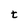
Character: t